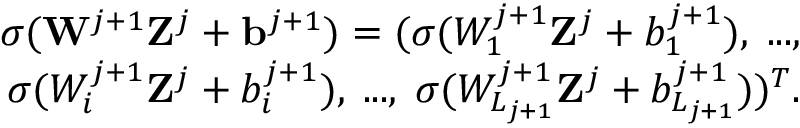
\begin{array} { r } { \sigma ( \mathbf { W } ^ { j + 1 } \mathbf { Z } ^ { j } + \mathbf { b } ^ { j + 1 } ) = ( \sigma ( W _ { 1 } ^ { j + 1 } \mathbf { Z } ^ { j } + b _ { 1 } ^ { j + 1 } ) , \; . . . , } \\ { \; \sigma ( W _ { i } ^ { j + 1 } \mathbf { Z } ^ { j } + b _ { i } ^ { j + 1 } ) , \; . . . , \; \sigma ( W _ { L _ { j + 1 } } ^ { j + 1 } \mathbf { Z } ^ { j } + b _ { L _ { j + 1 } } ^ { j + 1 } ) ) ^ { T } . } \end{array}